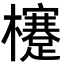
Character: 𣟯